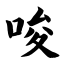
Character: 唆